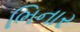
ભિનાર